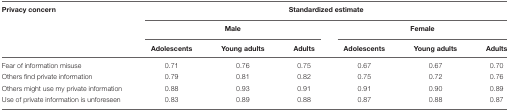
<table><thead><tr><td><b>Privacy concern</b></td><td colspan="6"><b>Standardized estimate</b></td></tr><tr><td>[EMPTY_CELL]</td><td colspan="3"><b>Male</b></td><td colspan="3"><b>Female</b></td></tr><tr><td>[EMPTY_CELL]</td><td><b>Adolescents</b></td><td><b>Young adults</b></td><td><b>Adults</b></td><td><b>Adolescents</b></td><td><b>Youngadults</b></td><td><b>Adults</b></td></tr></thead><tbody><tr><td>Fear of information misuse</td><td>0.71</td><td>0.76</td><td>0.75</td><td>0.67</td><td>0.67</td><td>0.70</td></tr><tr><td>Others find private information</td><td>0.79</td><td>0.81</td><td>0.82</td><td>0.75</td><td>0.72</td><td>0.76</td></tr><tr><td>Others might use my private information</td><td>0.88</td><td>0.93</td><td>0.91</td><td>0.91</td><td>0.90</td><td>0.89</td></tr><tr><td>Use of private information is unforeseen</td><td>0.83</td><td>0.89</td><td>0.88</td><td>0.87</td><td>0.88</td><td>0.87</td></tr></tbody></table>